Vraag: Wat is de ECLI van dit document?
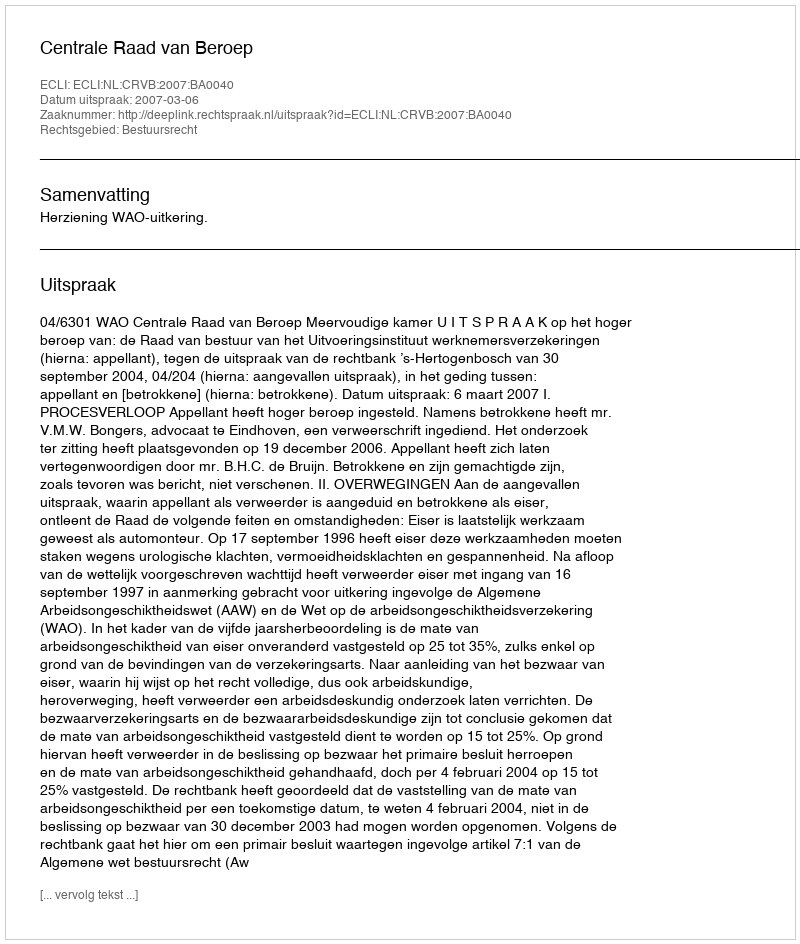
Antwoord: ECLI:NL:CRVB:2007:BA0040